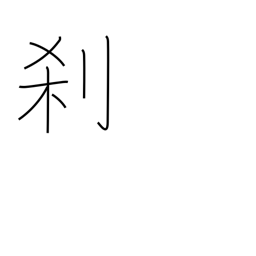
Meaning: temple